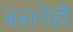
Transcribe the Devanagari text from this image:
बसनेही